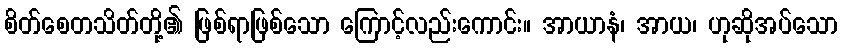
စိတ်စေတသိတ်တို့၏ ဖြစ်ရာဖြစ်သော ကြောင့်လည်းကောင်း။ အာယာနံ၊ အာယ၊ ဟုဆိုအပ်သော